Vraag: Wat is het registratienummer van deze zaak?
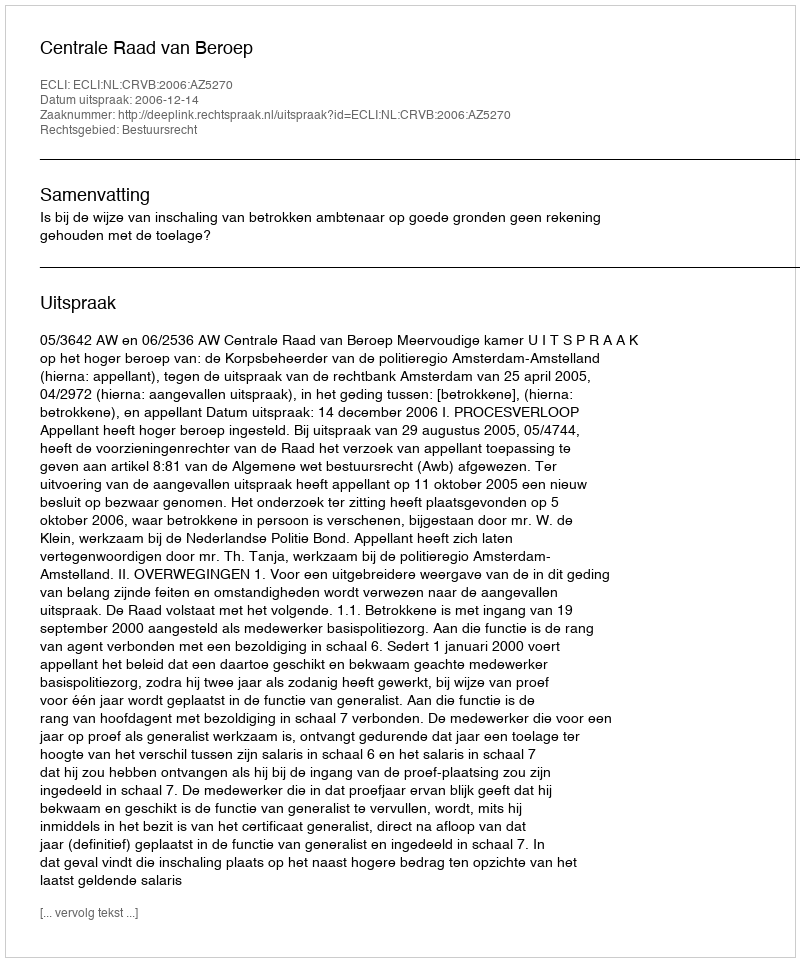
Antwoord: http://deeplink.rechtspraak.nl/uitspraak?id=ECLI:NL:CRVB:2006:AZ5270